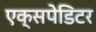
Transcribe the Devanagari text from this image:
एक्सपेडिटर